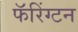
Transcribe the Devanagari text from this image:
फॅरिंग्टन